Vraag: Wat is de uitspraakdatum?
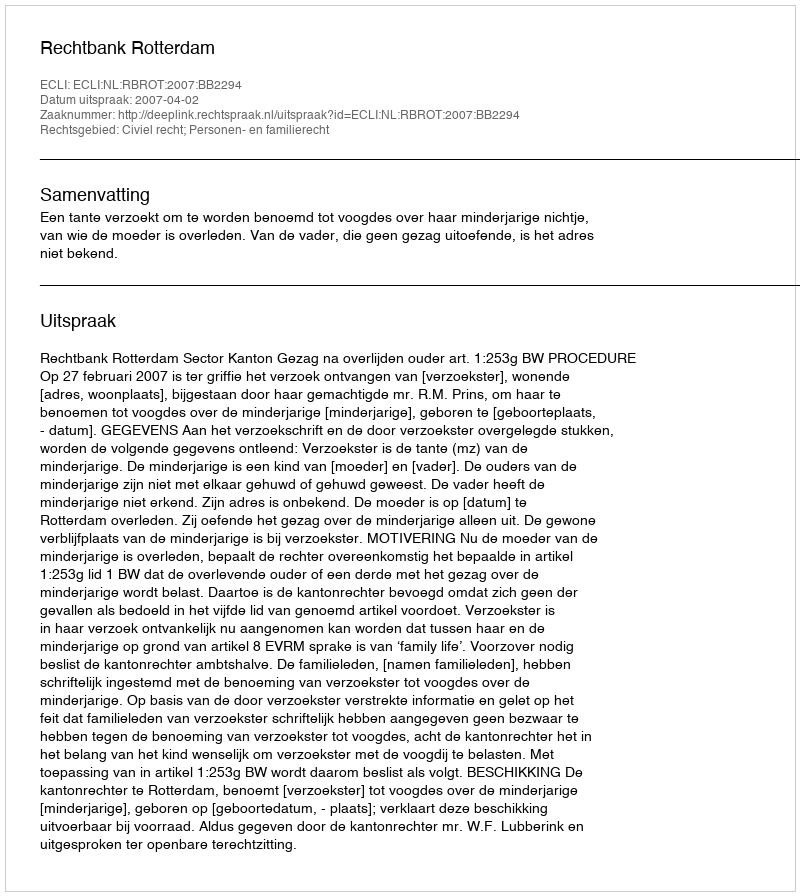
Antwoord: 2007-04-02